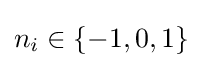
n_{i}\in \{-1,0,1\}